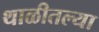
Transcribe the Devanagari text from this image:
थाळीतल्या